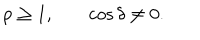
\begin{array} { c c c } { { p \geq 1 , } } & { { } } & { { \cos { \delta } \neq 0 . } } \\ \end{array}